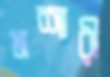
মশারী